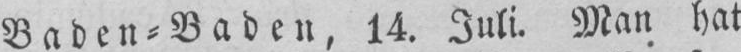
Baden⸗Baden, 14. Juli. Man hat